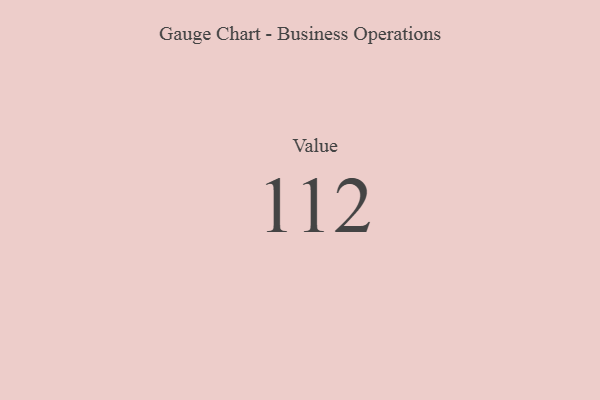
{"axis": {"x": "Metric", "y": "Value"}, "legend": [""], "data": [{"x": "Value", "y": 112, "type": ""}]}